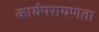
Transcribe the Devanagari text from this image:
कार्यपरायणता